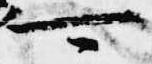
可